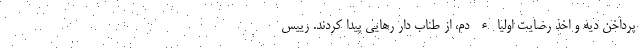
پرداخن دیه و اخذ رضایت اولیاء دم، از طناب دار رهایی پیدا کردند. رییس